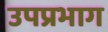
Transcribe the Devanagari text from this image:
उपप्रभाग